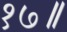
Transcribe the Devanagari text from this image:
१७॥